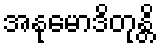
အနုမောဒိတုန္တိ